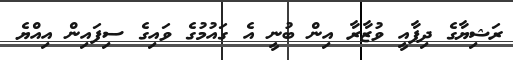
ރަޝިޔާގެ ދިފާއީ ވުޒާރާ އިން ބުނީ އެ ގައުމުގެ ވައިގެ ސިފައިން އިއްޔެ